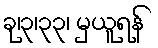
ခု၊၃၊၃၃၊ မှယူရန်